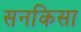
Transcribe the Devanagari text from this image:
सनकिसा